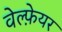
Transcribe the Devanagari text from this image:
वेल्फ़ेयर